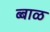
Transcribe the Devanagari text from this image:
ब्बाळ